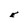
Character: E